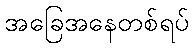
အခြေအနေတစ်ရပ်